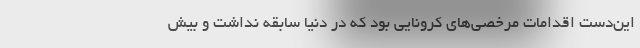
این‌دست اقدامات مرخصی‌های کرونایی بود که در دنیا سابقه نداشت و بیش